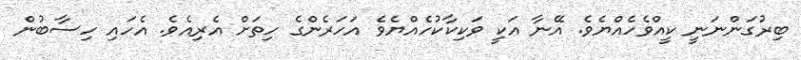
ބިރުގަންނަނީ ކީއްވެހެއްޔެވެ. އޭނާ އަކީ ވަކިކާކުހެއްޔެވެ އަހަރެންގެ ހިތަށް އެރިއެވެ. އެހައި ހިސާބުން